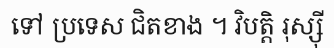
ទៅ ប្រទេស ជិតខាង ។ វិបត្តិ រុស្ស៊ី